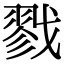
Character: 戮